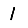
Digit: 1